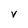
Character: v